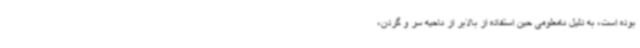
بوده است، به دلیل نامعلومی حین استفاده از بالابر از ناحیه سر و گردن،